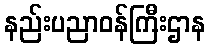
နည်းပညာဝန်ကြီးဌာန